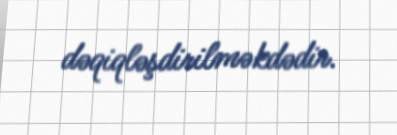
dəqiqləşdirilməkdədir.